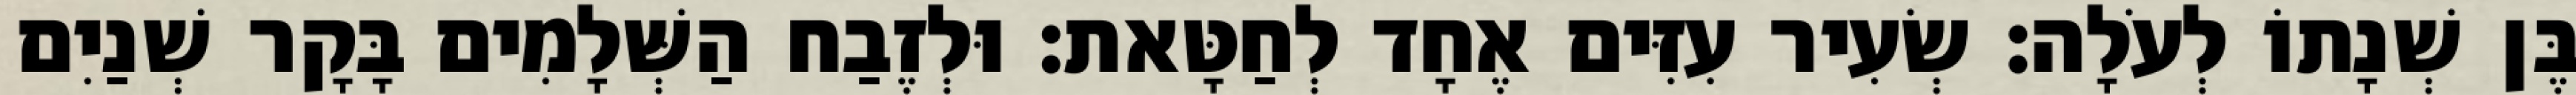
בֶּן שְׁנָתוֹ לְעֹלָה׃ שְׂעִיר עִזִּים אֶחָד לְחַטָּאת׃ וּלְזֶבַח הַשְּׁלָמִים בָּקָר שְׁנַיִם